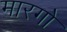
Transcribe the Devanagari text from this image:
मारगो